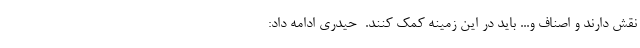
نقش دارند و اصناف و... باید در این زمینه کمک کنند. ‌ حیدری ادامه داد: